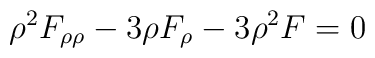
\rho^2 F_{\rho \rho} -3\rho F_{\rho} -3\rho^2 F=0